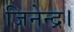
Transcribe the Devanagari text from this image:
जिनेन्द्र।